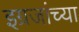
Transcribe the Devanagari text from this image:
इग्रजांच्या